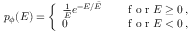
p _ { \phi } ( E ) = \left\{ \begin{array} { l l } { \frac 1 { \bar { E } } e ^ { - E / \bar { E } } \quad } & { \mathrm { ~ f ~ o ~ r ~ } E \geq 0 \, , } \\ { 0 } & { \mathrm { ~ f ~ o ~ r ~ } E < 0 \, , } \end{array} \right.